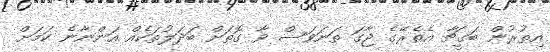
އިތުރުން ބަގީޗާ އެތެރޭގެ ޖާގަ ތަނަވަސް ވާ ގޮތަށް ބަދަލުތަކެއް އަންނާނެ ކަމަށް